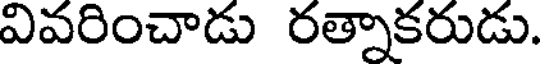
వివరించాడు రత్నాకరుడు.